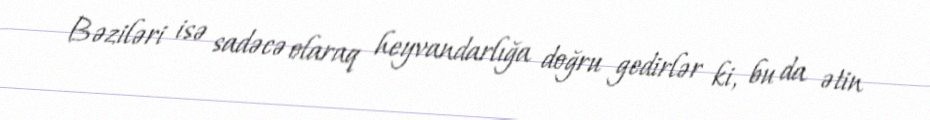
Bəziləri isə sadəcə olaraq heyvandarlığa doğru gedirlər ki, bu da ətin